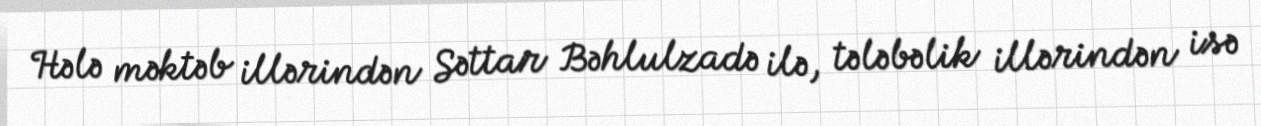
Hələ məktəb illərindən Səttar Bəhlulzadə ilə, tələbəlik illərindən isə